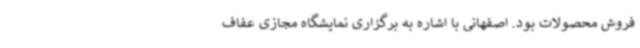
فروش محصولات بود. اصفهانی با اشاره به برگزاری نمایشگاه مجازی عفاف